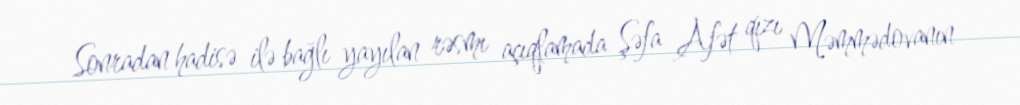
Sonradan hadisə ilə bağlı yayılan rəsmı açıqlamada Şəfa Afət qızı Məmmədovanın